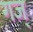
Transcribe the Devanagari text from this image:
गज्